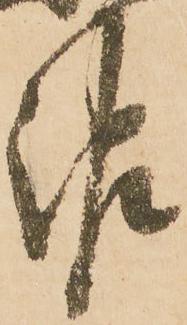
報